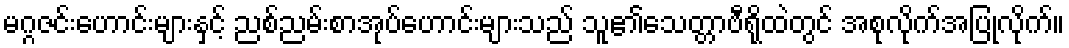
မဂ္ဂဇင်းဟောင်းများနှင့် ညစ်ညမ်းစာအုပ်ဟောင်းများသည် သူ၏သေတ္တာဗီရိုထဲတွင် အစုလိုက်အပြုံလိုက်။